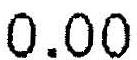
0.00